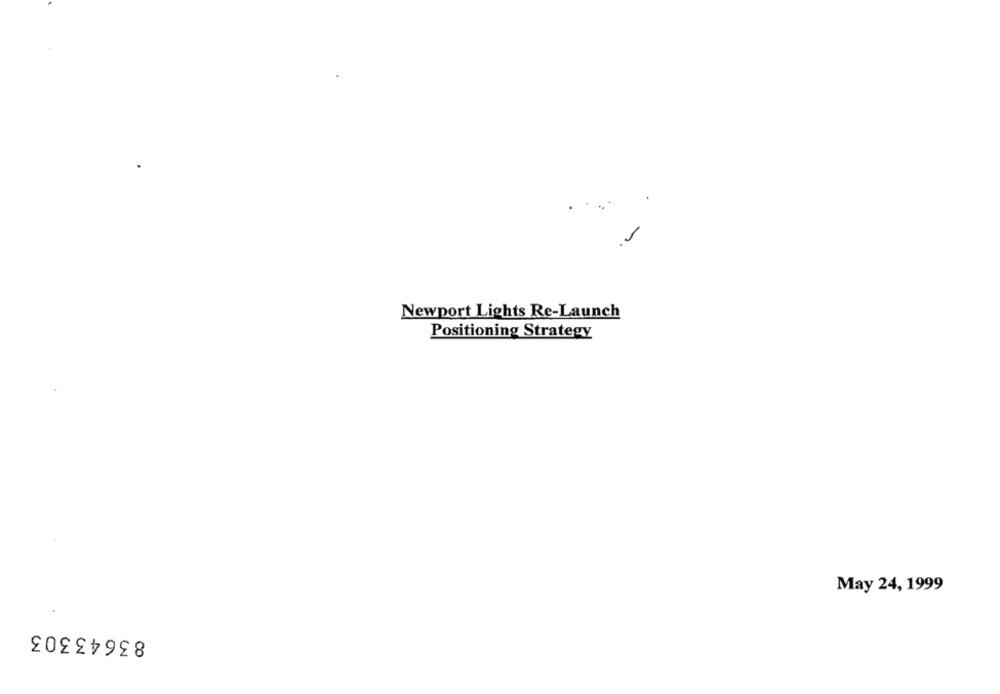
Newport Lights Re-Launch
Positioning Strategy
May 24, 1999
83643303